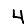
Digit: 4